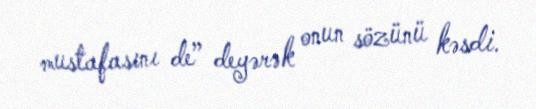
mustafasını de” deyərək onun sözünü kəsdi.